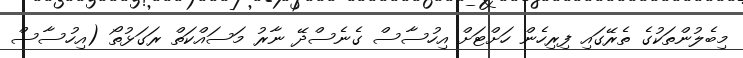
މިބެލުންތަކުގެ ތެރޭގައި ފިރިހެން ހަށްޓަށް އިހުސާސް ގެނެސްދޭ ނާރު މަސައްކަތް ރަގަޅުތޯ (އިހުސާސް